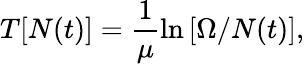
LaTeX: T[N(t)]=\frac{1}{\mu}\ln\left[\Omega/N(t)\right],